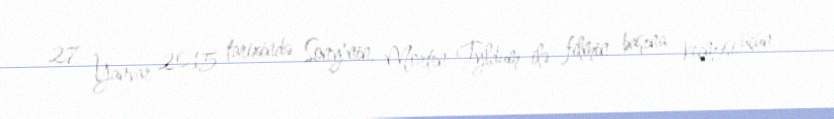
27 Yanvar 2015 tarixində Sony'nin, Morten Tyldum ilə filmin başına keçməsi üçün